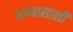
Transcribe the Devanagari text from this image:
अभ्यासाशी